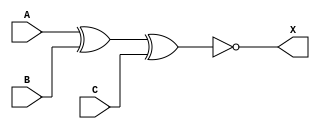
/*
 * Copyright 2020 The SkyWater PDK Authors
 *
 * Licensed under the Apache License, Version 2.0 (the "License");
 * you may not use this file except in compliance with the License.
 * You may obtain a copy of the License at
 *
 *     https://www.apache.org/licenses/LICENSE-2.0
 *
 * Unless required by applicable law or agreed to in writing, software
 * distributed under the License is distributed on an "AS IS" BASIS,
 * WITHOUT WARRANTIES OR CONDITIONS OF ANY KIND, either express or implied.
 * See the License for the specific language governing permissions and
 * limitations under the License.
 *
 * SPDX-License-Identifier: Apache-2.0
*/


`ifndef SKY130_FD_SC_HD__XNOR3_BEHAVIORAL_V
`define SKY130_FD_SC_HD__XNOR3_BEHAVIORAL_V

/**
 * xnor3: 3-input exclusive NOR.
 *
 * Verilog simulation functional model.
 */

`timescale 1ns / 1ps
`default_nettype none

`celldefine
module sky130_fd_sc_hd__xnor3 (
    X,
    A,
    B,
    C
);

    // Module ports
    output X;
    input  A;
    input  B;
    input  C;

    // Module supplies
    supply1 VPWR;
    supply0 VGND;
    supply1 VPB ;
    supply0 VNB ;

    // Local signals
    wire xnor0_out_X;

    //   Name   Output       Other arguments
    xnor xnor0 (xnor0_out_X, A, B, C        );
    buf  buf0  (X          , xnor0_out_X    );

endmodule
`endcelldefine

`default_nettype wire
`endif  // SKY130_FD_SC_HD__XNOR3_BEHAVIORAL_V